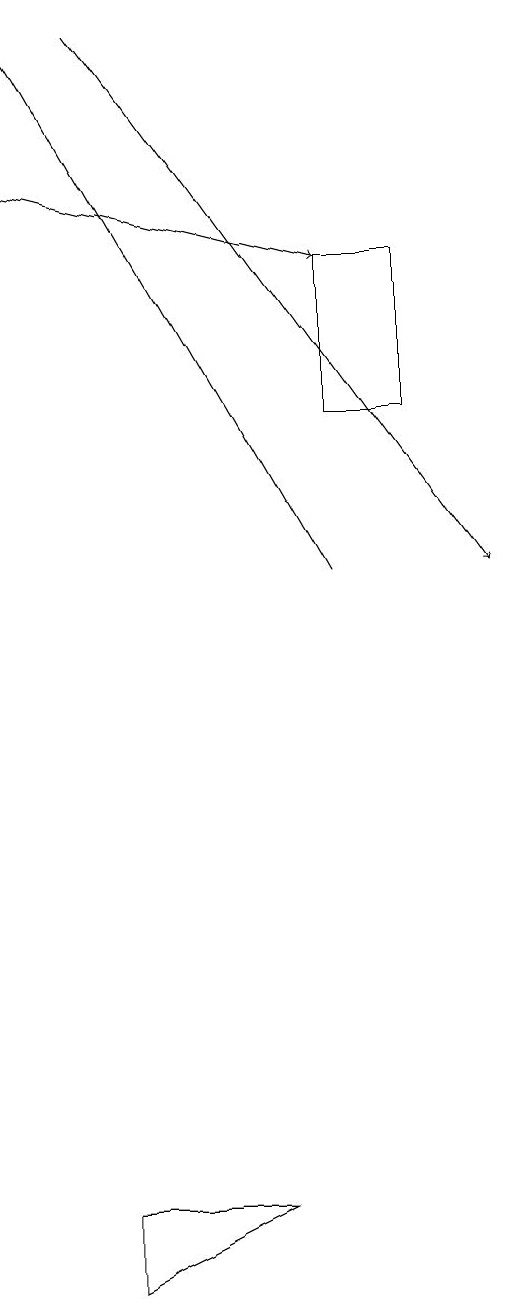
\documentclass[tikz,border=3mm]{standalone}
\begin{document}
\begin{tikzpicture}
\draw[->] (0,17) -- (4,16);
\draw (4,16) rectangle (5,14);
\draw[->] (1,19) -- (6,12);
\draw[->] (4,12) -- (0,19);
\draw (3,4) -- (1,4) -- (1,3) -- cycle;
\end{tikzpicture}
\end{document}